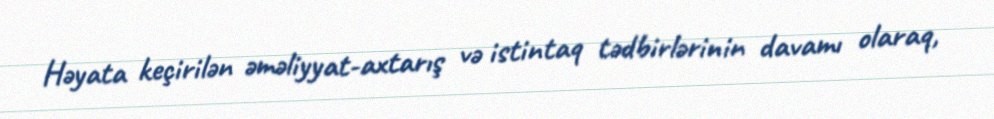
Həyata keçirilən əməliyyat-axtarış və istintaq tədbirlərinin davamı olaraq,